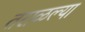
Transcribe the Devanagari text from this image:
तराळल्या